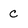
Character: C